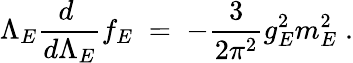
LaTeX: \Lambda_{E}{\frac{d\ }{d\Lambda_{E}}}f_{E}\; =\; -{\frac{3}{2\pi^{2}}}g_{E}^{2}m_{E}^{2}\; .